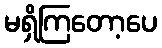
မရှိကြတော့ပေ